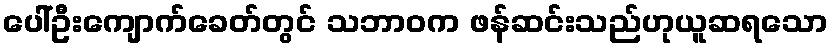
ပေါ်ဦးကျောက်ခေတ်တွင် သဘာဝက ဖန်ဆင်းသည်ဟုယူဆရသော